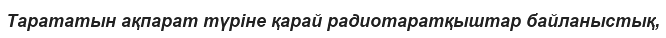
Тарататын ақпарат түріне қарай радиотаратқыштар байланыстық,